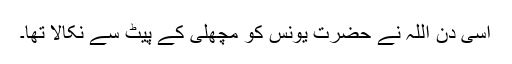
اسی دن اللہ نے حضرت یونسؑ کو مچھلی کے پیٹ سے نکالا تھا۔